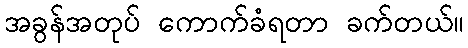
အခွန်အတုပ် ကောက်ခံရတာ ခက်တယ်။